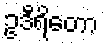
ဥဒီရိတော